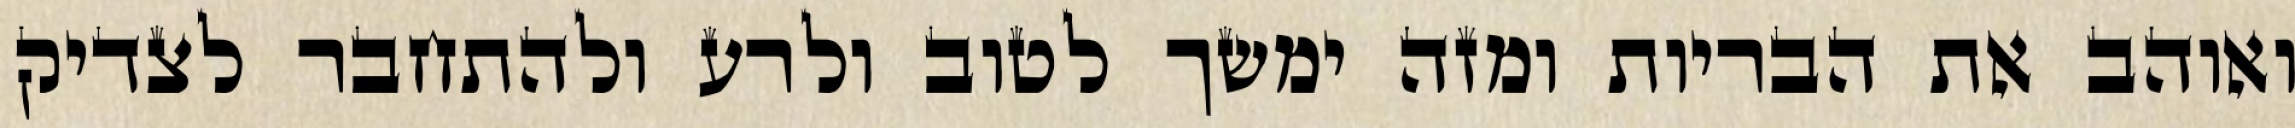
ואוהב את הבריות ומזה ימשך לטוב ולרע ולהתחבר לצדיק